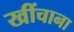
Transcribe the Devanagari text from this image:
खींचाना